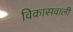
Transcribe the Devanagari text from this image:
विकासवाली